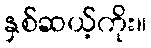
နှစ်ဆယ့်ကိုး။